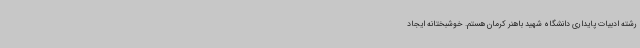
رشته ادبیات پایداری دانشگاه شهید باهنر کرمان هستم. خوشبختانه ایجاد